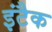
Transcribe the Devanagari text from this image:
इंटैक